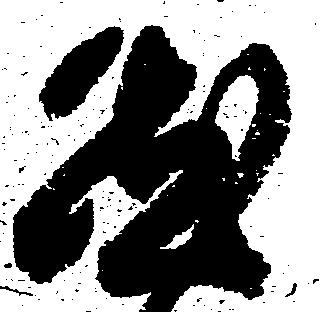
然